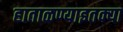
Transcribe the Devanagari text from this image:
हाताळण्याइतक्या